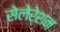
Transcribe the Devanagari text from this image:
सेलेरेशन